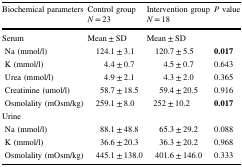
| Biochemical parameters | Control group N = 23 | Intervention group N = 18 | P value |
 | --- | --- | --- | --- |
 | Serum | Mean ± SD | Mean ± SD |  |
 | Na (mmol/l) | 124.1 ± 3.1 | 120.7 ± 5.5 | 0.017 |
 | K (mmol/l) | 4.4 ± 0.7 | 4.5 ± 0.7 | 0.643 |
 | Urea (mmol/l) | 4.9 ± 2.1 | 4.3 ± 2.0 | 0.365 |
 | Creatinine (umol/l) | 58.7 ± 18.5 | 59.4 ± 20.5 | 0.916 |
 | Osmolality (mOsm/kg) | 259.1 ± 8.0 | 252 ± 10.2 | 0.017 |
 | <COLSPAN=4> Urine |
 | Na (mmol/l) | 88.1 ± 48.8 | 65.3 ± 29.2 | 0.088 |
 | K (mmol/l) | 36.6 ± 20.3 | 36.3 ± 20.2 | 0.968 |
 | Osmolality (mOsm/kg) | 445.1 ± 138.0 | 401.6 ± 146.0 | 0.333 |